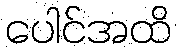
ပေါင်အထိ